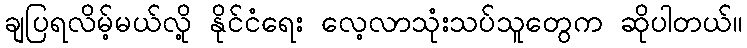
ချပြရလိမ့်မယ်လို့ နိုင်ငံရေး လေ့လာသုံးသပ်သူတွေက ဆိုပါတယ်။